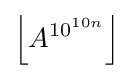
\left\lfloor A^{10^{10n}}\right\rfloor